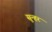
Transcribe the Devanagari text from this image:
सुन्हर